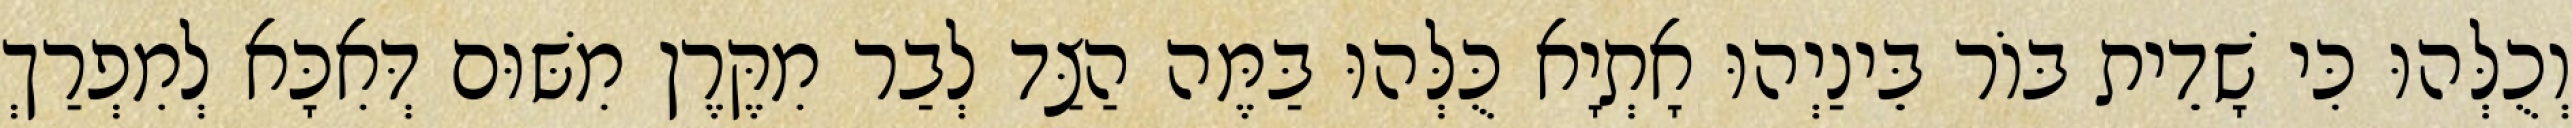
וְכֻלְּהוּ כִּי שָׁדֵית בּוֹר בֵּינַיְהוּ אָתְיָא כֻּלְּהוּ בַּמֶּה הַצַּד לְבַר מִקֶּרֶן מִשּׁוּם דְּאִכָּא לְמִפְרַךְ